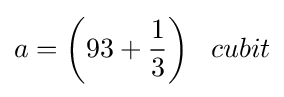
a={\bigg (}93+{\frac {1}{3}}{\bigg )}\;\;\;cubit